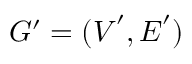
G ^ { \prime } = ( \boldsymbol { V } ^ { \prime } , \boldsymbol { E } ^ { \prime } )